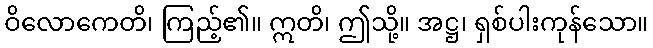
ဝိလောကေတိ၊ ကြည့်၏။ ဣတိ၊ ဤသို့။ အဋ္ဌ၊ ရှစ်ပါးကုန်သော။